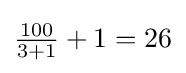
{\textstyle {\frac {100}{3+1}}+1=26}